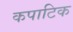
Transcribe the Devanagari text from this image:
कपाटिक